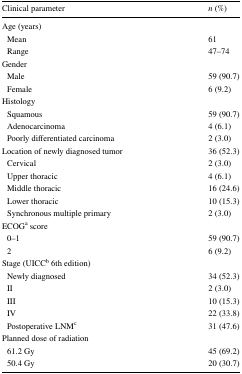
| Clinical parameter | n (%) |
 | --- | --- |
 | <COLSPAN=2> Age (years) |
 | Mean | 61 |
 | Range | 47–74 |
 | <COLSPAN=2> Gender |
 | Male | 59 (90.7) |
 | Female | 6 (9.2) |
 | <COLSPAN=2> Histology |
 | Squamous | 59 (90.7) |
 | Adenocarcinoma | 4 (6.1) |
 | Poorly differentiated carcinoma | 2 (3.0) |
 | Location of newly diagnosed tumor | 36 (52.3) |
 | Cervical | 2 (3.0) |
 | Upper thoracic | 4 (6.1) |
 | Middle thoracic | 16 (24.6) |
 | Lower thoracic | 10 (15.3) |
 | Synchronous multiple primary | 2 (3.0) |
 | <COLSPAN=2> ECOGa score |
 | 0–1 | 59 (90.7) |
 | 2 | 6 (9.2) |
 | <COLSPAN=2> Stage (UICCb 6th edition) |
 | Newly diagnosed | 34 (52.3) |
 | II | 2 (3.0) |
 | III | 10 (15.3) |
 | IV | 22 (33.8) |
 | Postoperative LNMc | 31 (47.6) |
 | <COLSPAN=2> Planned dose of radiation |
 | 61.2 Gy | 45 (69.2) |
 | 50.4 Gy | 20 (30.7) |